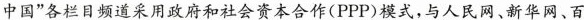
中国”各栏目频道采用政府和社会资本合作(PPP)模式，与人民网、新华网、百